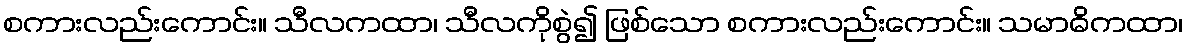
စကားလည်းကောင်း။ သီလကထာ၊ သီလကိုစွဲ၍ ဖြစ်သော စကားလည်းကောင်း။ သမာဓိကထာ၊